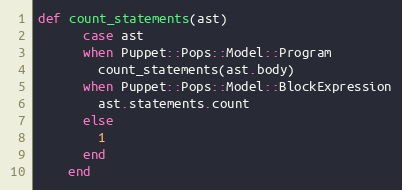
Language: Ruby
def count_statements(ast)
      case ast
      when Puppet::Pops::Model::Program
        count_statements(ast.body)
      when Puppet::Pops::Model::BlockExpression
        ast.statements.count
      else
        1
      end
    end